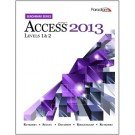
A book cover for Microsofta Access 2013: Levels 1 and 2: Text with Data Files CD (Benchmark Series); Nita Rutkosky; Computers & Technology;